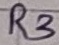
Text: R3